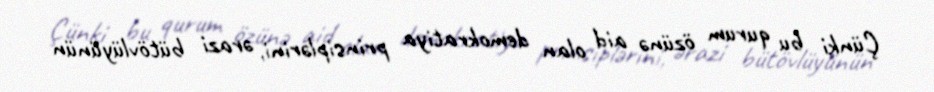
Çünki bu qurum özünə aid olan demokratiya prinsiplərini, ərazi bütövlüyünün